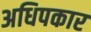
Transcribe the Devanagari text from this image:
अधिपकार